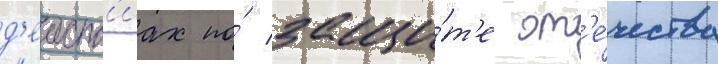
д'еиств'иах по́ защи́т'е от'е́чества